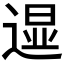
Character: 𲅧